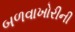
બળવાખોરીની